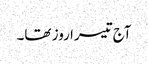
آج تیسرا روز تھا۔